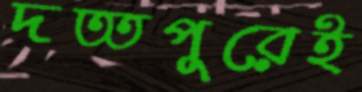
দত্তপুরেই